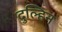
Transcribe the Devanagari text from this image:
दुल्हिन